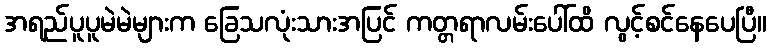
အရည်ပူပူမဲမဲများက ခြေသလုံးသားအပြင် ကတ္တရာလမ်းပေါ်ထိ လွင့်စင်နေပေပြီ။